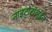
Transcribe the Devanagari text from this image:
नाइट्रोटॉलूईन